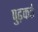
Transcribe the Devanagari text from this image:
पुढ़कते